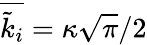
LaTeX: \overline{{\tilde{k}_{i}}}=\kappa\sqrt{\pi}/2